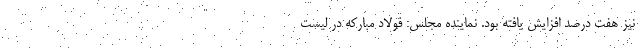
نیز هفت درصد افزایش یافته بود. نماینده مجلس: فولاد مبارکه در لیست